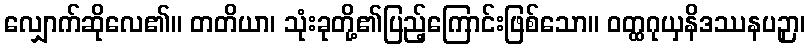
လျှောက်ဆိုလေ၏။ တတိယာ၊ သုံးခုတို့၏ပြည့်ကြောင်းဖြစ်သော။ ဝတ္ထဂုယှနိဒဿနပဉှာ၊